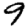
Digit: 9